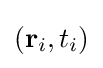
(\mathbf {r} _{i},t_{i})